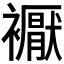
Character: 𧞣